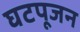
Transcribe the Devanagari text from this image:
घटपूजन